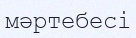
мәртебесі